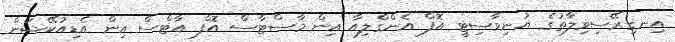
އިނގިރޭސިވިލާތުގެ ޔުނިވާސިޓީ އޮފް އެންގްލިއާ އިން މާސްޓާސް އޮފް އާޓްސް އިން އެޑިއުކޭޝަން